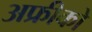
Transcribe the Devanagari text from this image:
अफ्रीको